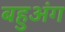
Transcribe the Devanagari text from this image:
बहुअंग